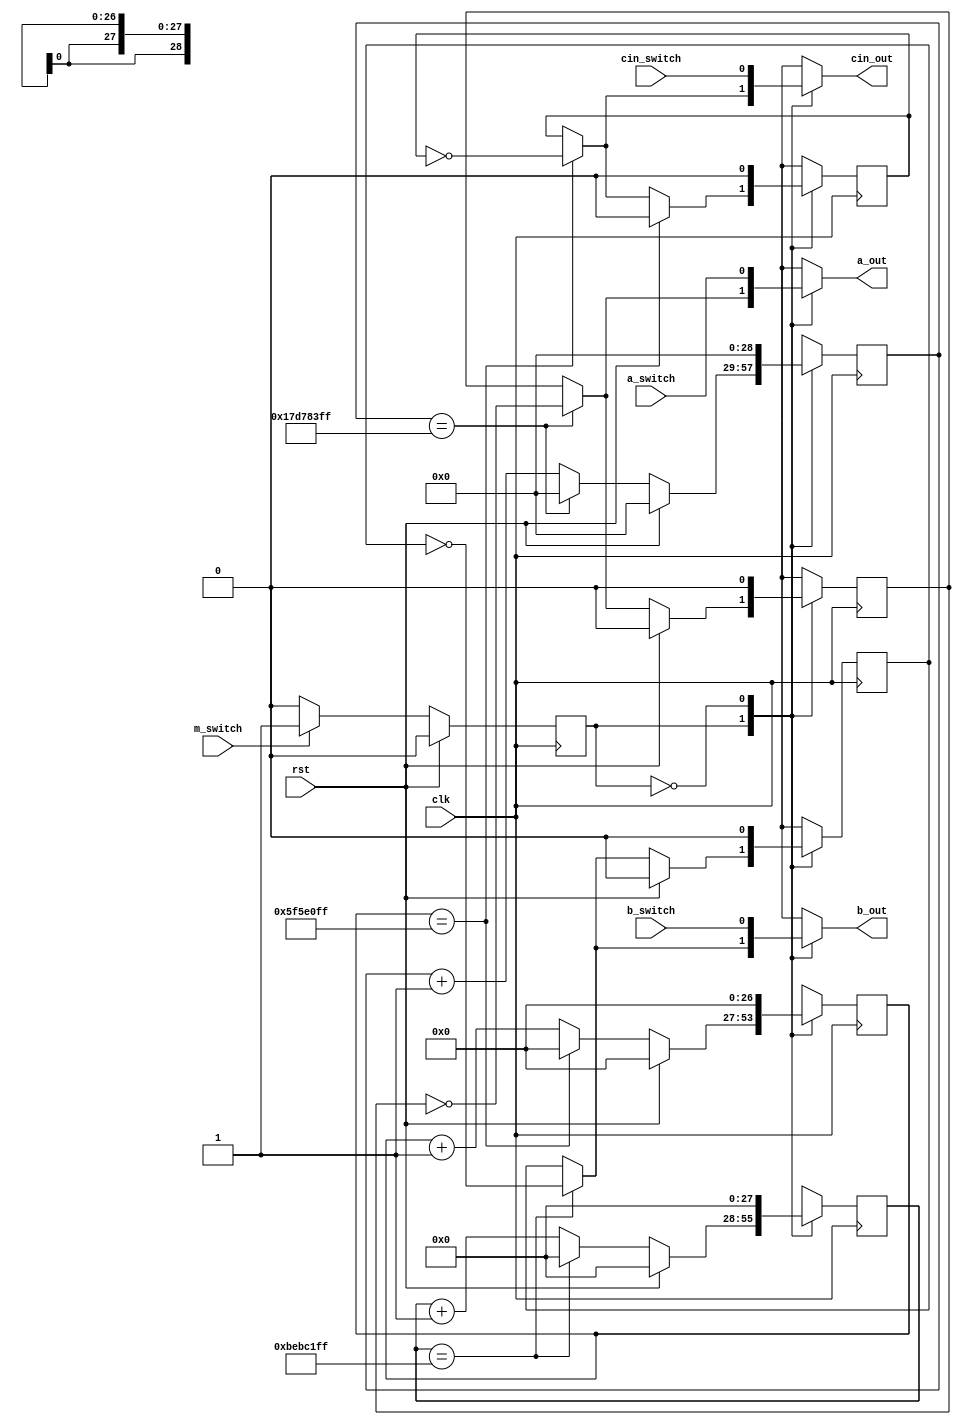
module testerfsm_2 (
    input clk,
    input rst,
    input a_switch,
    input b_switch,
    input cin_switch,
    input m_switch,
    output reg a_out,
    output reg b_out,
    output reg cin_out
  );
  
  
  
  localparam MANUAL_state = 1'd0;
  localparam AUTOMATIC_state = 1'd1;
  
  reg M_state_d, M_state_q = MANUAL_state;
  reg [0:0] M_a_state_d, M_a_state_q = 1'h0;
  reg [0:0] M_b_state_d, M_b_state_q = 1'h0;
  reg [0:0] M_cin_state_d, M_cin_state_q = 1'h0;
  reg [28:0] M_a_ctr_d, M_a_ctr_q = 1'h0;
  reg [27:0] M_b_ctr_d, M_b_ctr_q = 1'h0;
  reg [26:0] M_cin_ctr_d, M_cin_ctr_q = 1'h0;
  
  always @* begin
    M_state_d = M_state_q;
    M_a_ctr_d = M_a_ctr_q;
    M_a_state_d = M_a_state_q;
    M_b_ctr_d = M_b_ctr_q;
    M_cin_ctr_d = M_cin_ctr_q;
    M_cin_state_d = M_cin_state_q;
    M_b_state_d = M_b_state_q;
    
    a_out = M_a_state_q;
    b_out = M_b_state_q;
    cin_out = M_cin_state_q;
    
    case (M_state_q)
      AUTOMATIC_state: begin
        M_a_ctr_d = M_a_ctr_q + 1'h1;
        if (M_a_ctr_q == 29'h17d783ff) begin
          M_a_ctr_d = 1'h0;
          a_out = ~M_a_state_q;
          M_a_state_d = ~M_a_state_q;
        end
        M_b_ctr_d = M_b_ctr_q + 1'h1;
        if (M_b_ctr_q == 28'hbebc1ff) begin
          M_b_ctr_d = 1'h0;
          b_out = ~M_b_state_q;
          M_b_state_d = ~M_b_state_q;
        end
        M_cin_ctr_d = M_cin_ctr_q + 1'h1;
        if (M_cin_ctr_q == 27'h5f5e0ff) begin
          M_cin_ctr_d = 1'h0;
          cin_out = ~M_cin_state_q;
          M_cin_state_d = ~M_cin_state_q;
        end
        if (rst) begin
          M_a_ctr_d = 1'h0;
          M_b_ctr_d = 1'h0;
          M_cin_ctr_d = 1'h0;
          M_a_state_d = 1'h0;
          M_b_state_d = 1'h0;
          M_cin_state_d = 1'h0;
        end
        if (m_switch == 1'h0) begin
          M_state_d = MANUAL_state;
        end
      end
      MANUAL_state: begin
        a_out = a_switch;
        b_out = b_switch;
        cin_out = cin_switch;
        if (m_switch == 1'h1) begin
          M_state_d = AUTOMATIC_state;
        end
        M_a_ctr_d = 1'h0;
        M_b_ctr_d = 1'h0;
        M_cin_ctr_d = 1'h0;
        M_a_state_d = 1'h0;
        M_b_state_d = 1'h0;
        M_cin_state_d = 1'h0;
      end
    endcase
  end
  
  always @(posedge clk) begin
    M_a_state_q <= M_a_state_d;
    M_b_state_q <= M_b_state_d;
    M_cin_state_q <= M_cin_state_d;
    M_a_ctr_q <= M_a_ctr_d;
    M_b_ctr_q <= M_b_ctr_d;
    M_cin_ctr_q <= M_cin_ctr_d;
    
    if (rst == 1'b1) begin
      M_state_q <= 1'h0;
    end else begin
      M_state_q <= M_state_d;
    end
  end
  
endmodule